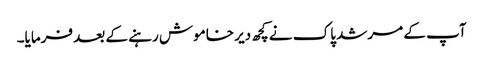
آپ کے مرشد پاک نے کچھ دیر خاموش رہنے کے بعد فرمایا۔